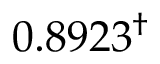
0 . 8 9 2 3 ^ { \dagger }